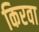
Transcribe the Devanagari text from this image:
किरवा